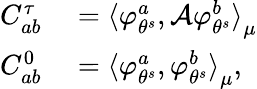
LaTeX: \begin{array}{rl}{C_{ab}^{\tau}}&{{}={\langle\varphi_{\theta^{s}}^{a},\mathcal{A}\varphi_{\theta^{s}}^{b}\rangle}_{\mu}}\\ {C_{ab}^{0}}&{{}={\langle\varphi_{\theta^{s}}^{a},\varphi_{\theta^{s}}^{b}\rangle}_{\mu},}\end{array}